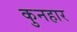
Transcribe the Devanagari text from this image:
कुनहार